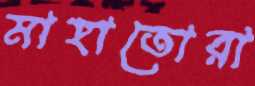
মাহাতোরা